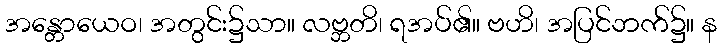
အန္တောယေဝ၊ အတွင်း၌သာ။ လဗ္ဘတိ၊ ရအပ်၏။ ဗဟိ၊ အပြင်ဘက်၌။ န